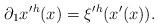
LaTeX: \begin{align*}\partial_1x'{}^h(x)=\xi'{}^h(x'(x)).\end{align*}